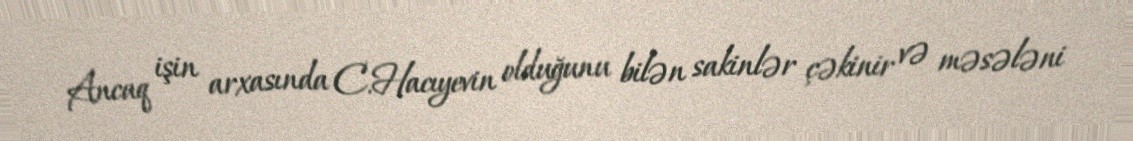
Ancaq işin arxasında C.Hacıyevin olduğunu bilən sakinlər çəkinir və məsələni